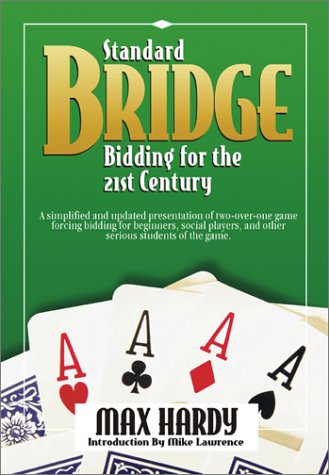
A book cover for Standard Bridge Bidding for the 21st Century; Max Hardy; Humor & Entertainment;